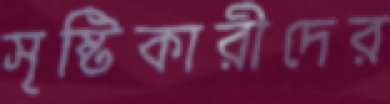
সৃষ্টিকারীদের